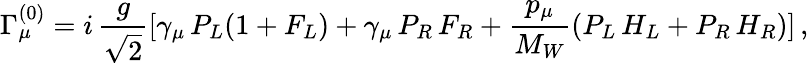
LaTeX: \Gamma_{\mu}^{(0)}=i\, {\frac{g}{\sqrt{2}}}[\gamma_{\mu}\, P_{L}(1+F_{L})+\gamma_{\mu}\, P_{R}\, F_{R}+{\frac{p_{\mu}}{M_{W}}}(P_{L}\, H_{L}+P_{R}\, H_{R})]\, ,